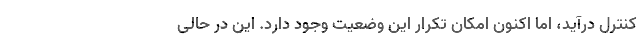
کنترل درآید، اما اکنون امکان تکرار این وضعیت وجود دارد. این در حالی